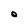
Character: O